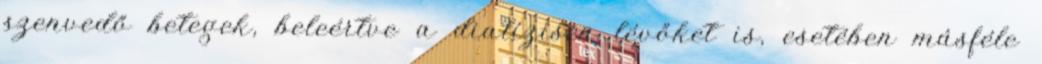
szenvedő betegek, beleértve a dialízisen lévőket is, esetében másféle